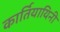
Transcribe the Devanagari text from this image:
कार्तियायिनी